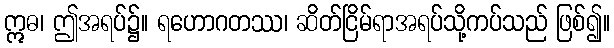
ဣဓ၊ ဤအရပ်၌။ ရဟောဂတဿ၊ ဆိတ်ငြိမ်ရာအရပ်သို့ကပ်သည် ဖြစ်၍။